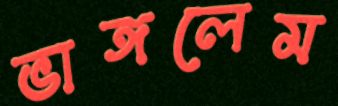
ভাঙ্গলেম